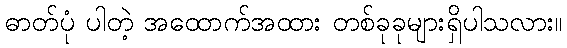
ဓာတ်ပုံ ပါတဲ့ အထောက်အထား တစ်ခုခုများရှိပါသလား။